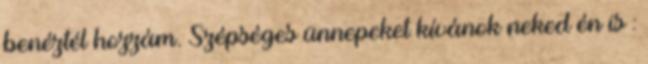
benéztél hozzám. Szépséges ünnepeket kívánok neked én is :